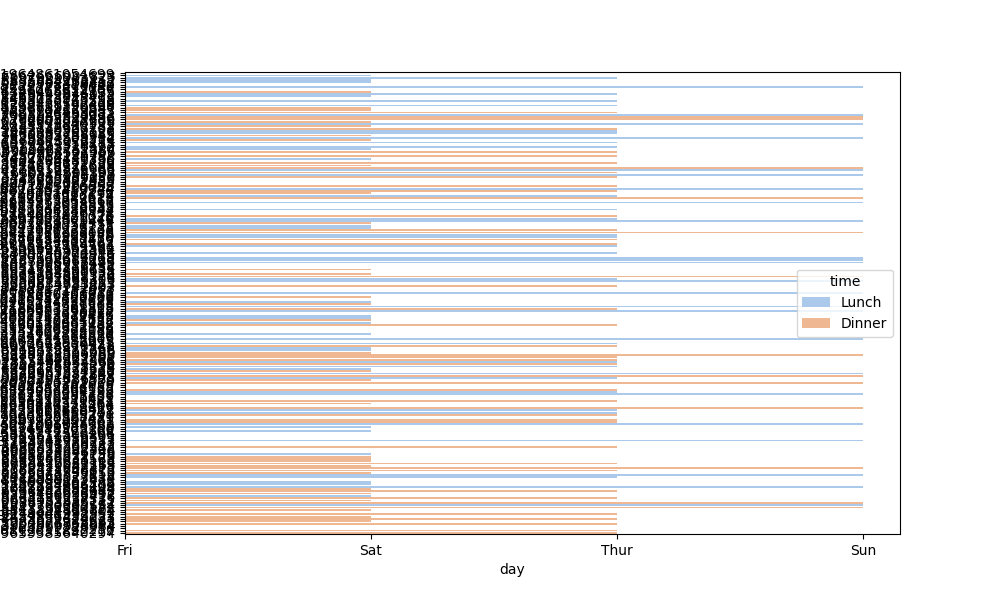
python, seaborn, barplot, hue='time', palette='pastel', ci=None, orient='h'